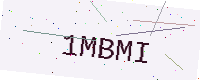
Text: 1MBMI